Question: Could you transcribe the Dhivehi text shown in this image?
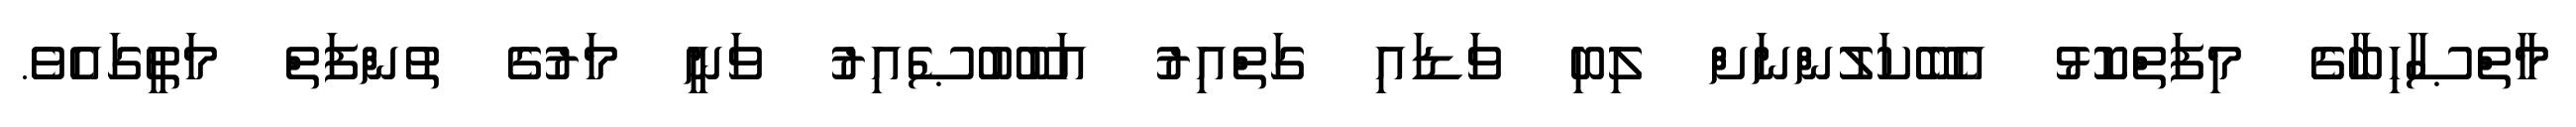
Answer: މާތްޞާހިބާގެ މިފަތްކޮޅު އެބޭކަލުންނަށް ލިބި ވަޑައި ގަތްއިރު އަބޫބުޞެއިރު ވަނީ މަރުގެ ތުންފަތް މަތީގައެވެ.